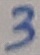
Text: 3